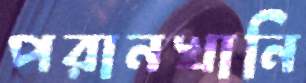
পরানখানি